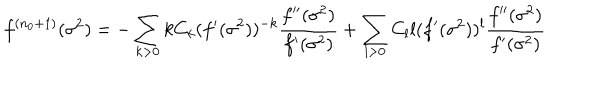
LaTeX: f ^ { ( n _ { 0 } + 1 ) } ( \sigma ^ { 2 } ) = - \sum _ { k > 0 } k C _ { k } ( f ^ { \prime } ( \sigma ^ { 2 } ) ) ^ { - k } \frac { f ^ { \prime \prime } ( \sigma ^ { 2 } ) } { f ^ { \prime } ( \sigma ^ { 2 } ) } + \sum _ { l > 0 } C _ { l } l ( f ^ { \prime } ( \sigma ^ { 2 } ) ) ^ { l } \frac { f ^ { \prime \prime } ( \sigma ^ { 2 } ) } { f ^ { \prime } ( \sigma ^ { 2 } ) }